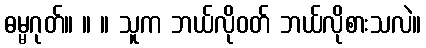
ဓမ္မဂုတ်။ ။ ။ သူက ဘယ်လိုဝတ် ဘယ်လိုစားသလဲ။